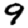
Digit: 9